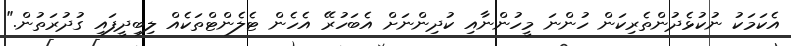
އެކަމަކު ނުކުޅެދުންތެރިކަން ހުންނަ މީހުންނާއި ކުދިންނަށް އެބަހުރޭ އެހެން ޓެލެންޓްތަކެއް ލިބިދީފައި ގުދުރަތުން."